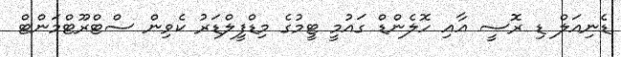
ޑެނިއަލް ޑި ރޮސީ އާއި ހޮލެންޑް ގައުމީ ޓީމުގެ މިޑްފީލްޑަރު ކެވިން ސްޓްރޫޓްމަންޓް